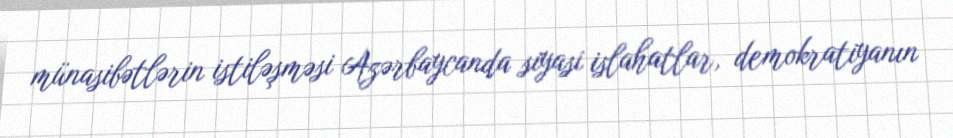
münasibətlərin istiləşməsi Azərbaycanda siyasi islahatlar, demokratiyanın